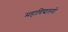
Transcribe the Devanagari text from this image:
महाविद्यलयों